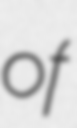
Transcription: of